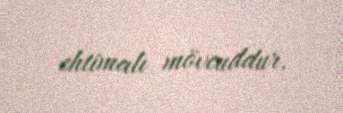
ehtimalı mövcuddur.